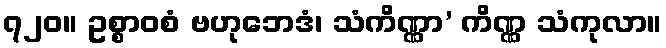
၇၂၀။ ဥစ္စာဝစံ ဗဟုဘေဒံ၊ သံကိဏ္ဏာ’ ကိဏ္ဏ သံကုလာ။